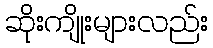
ဆိုးကျိုးများလည်း